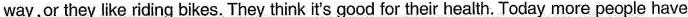
way,or they like riding bikes. They think it's good for their health. Today more people have